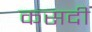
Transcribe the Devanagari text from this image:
कसदी